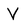
Character: V